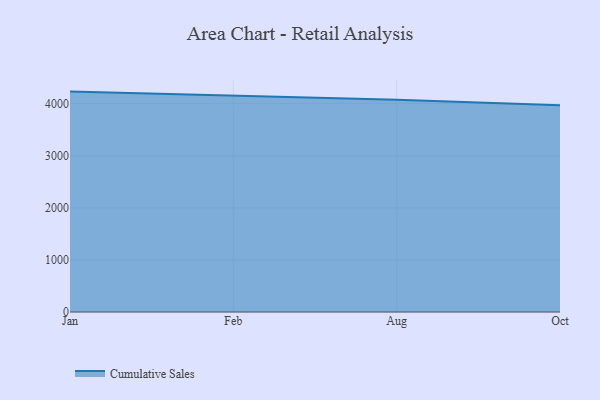
{"axis": {"x": "Month", "y": "Customer Acquisition Cost (USD)"}, "legend": ["Cumulative Sales"], "data": [{"x": "Jan", "y": 4231.9, "type": "Cumulative Sales"}, {"x": "Feb", "y": 4149.7, "type": "Cumulative Sales"}, {"x": "Aug", "y": 4075.5, "type": "Cumulative Sales"}, {"x": "Oct", "y": 3968.5, "type": "Cumulative Sales"}]}